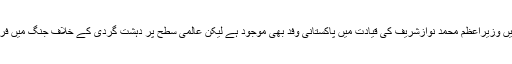
تفصیلات کے مطابق امریکہ عرب اسلامی سربراہ کانفرنس کے موقع پر سعودی عرب کے دارالحکومت میں وزیراعظم محمد نوازشریف کی قیادت میں پاکستانی وفد بھی موجود ہے لیکن عالمی سطح پر دہشت گردی کے خلاف جنگ میں فرنٹ لائن کا کردار ادا کرنے والے پاکستان کے وزیراعظم کو اپنا نقطہ نظر بیان کرنے کا موقع نہیں دیا گیا۔